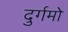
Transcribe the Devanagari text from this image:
दुर्गमो